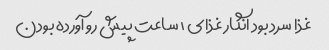
غذا سرد بود انگار غذای ١ ساعت پیش رو آورده بودن